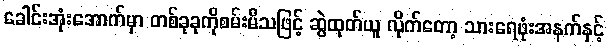
ခေါင်းအုံးအောက်မှာ တစ်ခုခုကိုစမ်းမိသဖြင့် ဆွဲထုတ်ယူ လိုက်တော့ သားရေဖုံးအနက်နှင့်